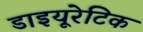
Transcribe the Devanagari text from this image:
डाइयूरेटिक